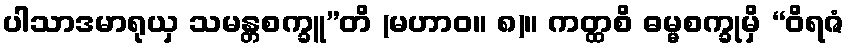
ပါသာဒမာရုယှ သမန္တစက္ခူ”တိ (မဟာဝ။ ၈)။ ကတ္ထစိ ဓမ္မစက္ခုမှိ “ဝိရဇံ